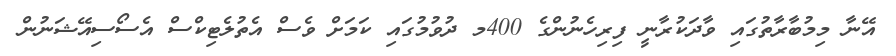
އޭނާ މިމުބާރާތުގައި ވާދަކުރާނީ ފިރިހެނުންގެ 400މ ދުވުމުގައި ކަމަށް ވެސް އެތުލެޓިކްސް އެސޯސިއޭޝަނުން